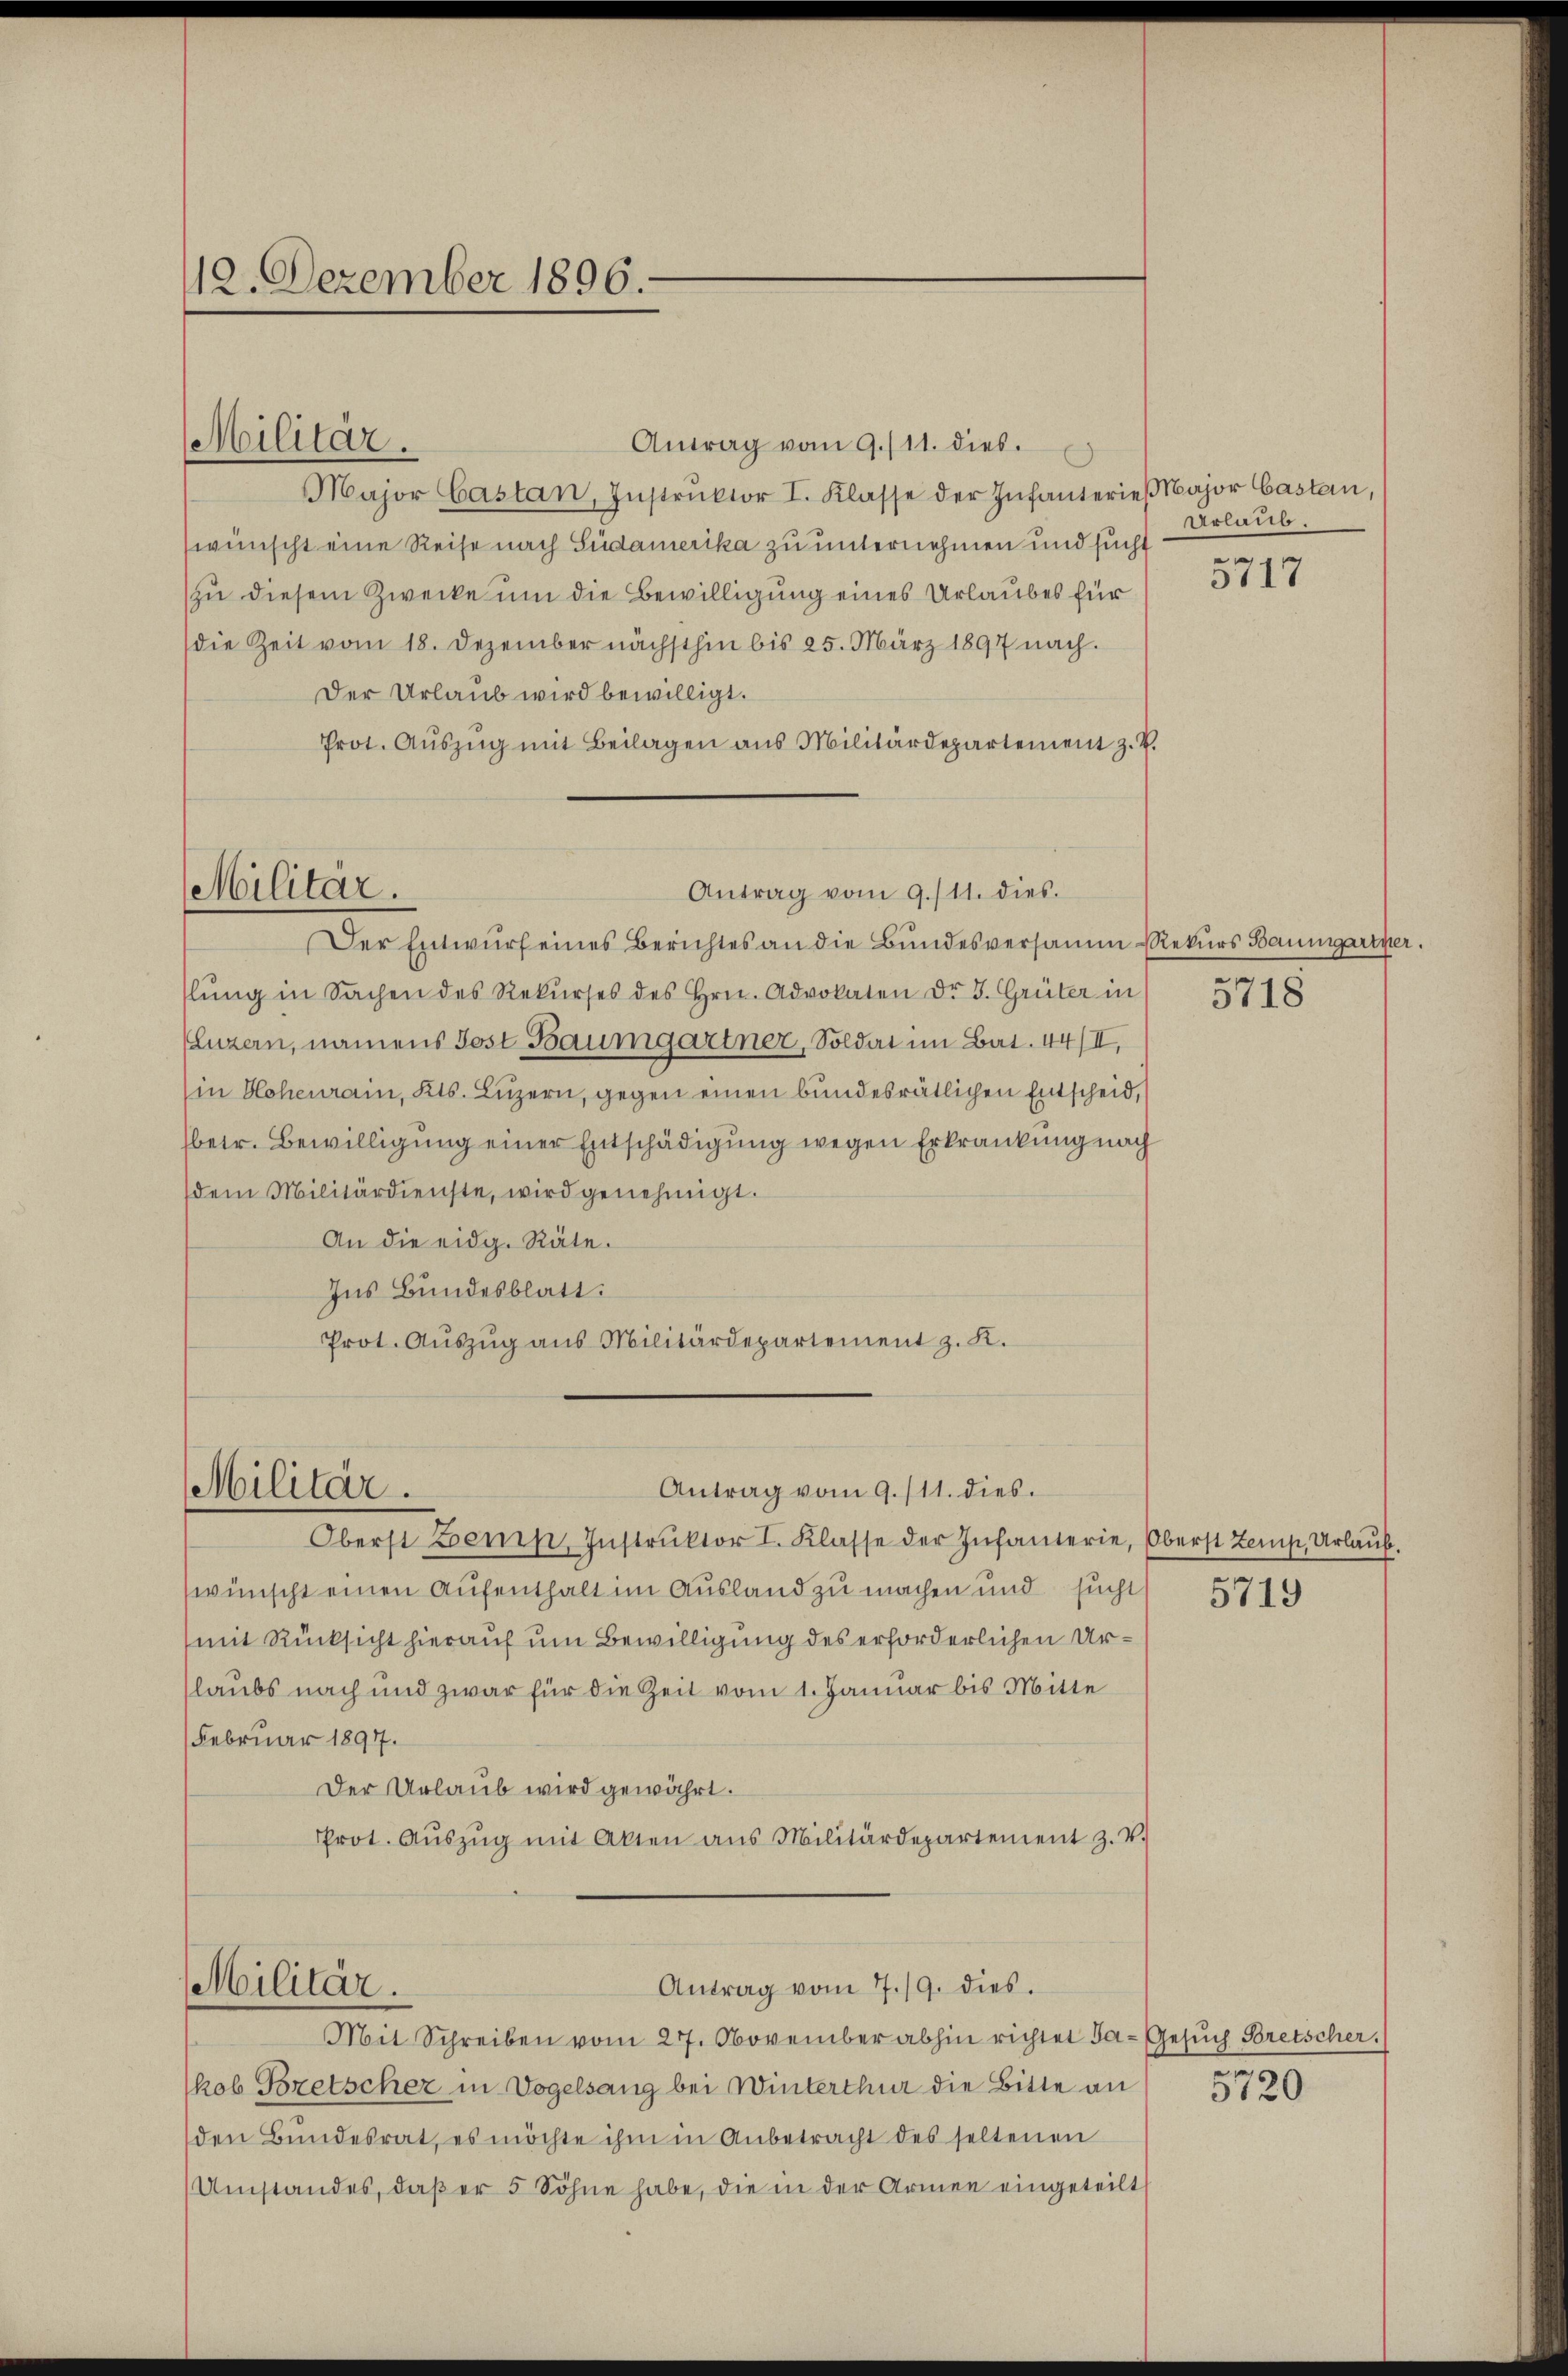
12. Dezember 1896.

Militär.

Militär.

Militär.

Militär.

Antrag vom 9./11. dies.
Major Castan, Instrŭktor I. Klasse der Infanterieβ Major Casten,
wünscht eine Reise nach Südamerika zu unternehmen und sucht
zu diesem Zwecke um die Bewilligung eines Urlaubes für
die Zeit vom 18. Dezember nächsthin bis 25. März 1897 nach.
Der Urlaub wird bewilligt.
Prot. Aŭszŭg mit Beilagen ans Militärdepartement z. B.
Der Entwŭrf eines Berichtes an die Bŭndesversamm-Rekŭrs Baumgartner.
lŭng in Sachen des Rekŭrses des Hrn. Advokaten Dr J. Grüter in
(Luzern, namens Post Baumgartner, Soldat im Bat. 44/II,
(in Hohenrain, Kts. Luzern, gegen einen bundesrätlichen Entscheid,
betr. Bewilligung einer Entschädigung wegen Erkrankung nach
dem Militärdienste, wird genehmigt.
An die eidg. Räte.
Ins Bundesblatt.
Prot. Aŭszŭg aŭs Militärdepartement z. K.

Antrag vom 9./11. dies.

Antrag vom 9. 111. dies

Antrag vom 7./9. dies.

Oberst Benin, Instrŭktor I. Klasse der Infanterie, Oberst Zemp, Urlaub.
wünscht einen Aufenthalt im Ausland zu machen und sucht
(mit Rücksicht hierauf um Bewilligung des erforderlichen Urlaubs nach und zwar für die Zeit vom 1. Januar bis Mitte
Februar 1897.
Der Urlaub wird gewährt.
Prot. Aŭszŭg mit Akten ans Militärdepartement z. v.

Mit Schreiben vom 27. November abhin richtet Ja-Gesŭch Bretscher.
kob Gezetscher in Vogelsang bei Winterthur die Bitte an
den Bundesrat, es möchte ihm in Anbetracht des seltenen
Umstandes, daβ er 5 Söhne habe, die in der Armen eingeteilt

Urlaub.

5717

5718

5719

e
3120